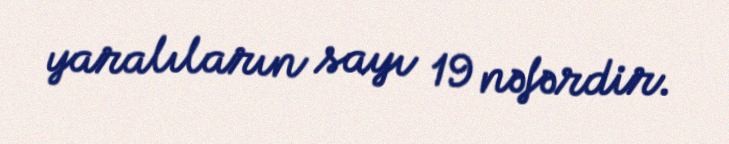
yaralıların sayı 19 nəfərdir.